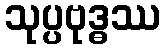
သုပ္ပဗုဒ္ဓဿ